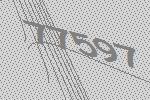
77597